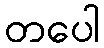
တပေါ